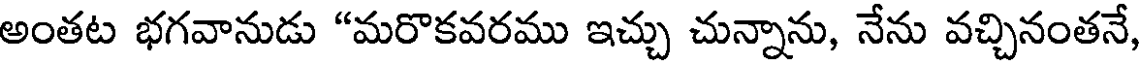
అంతట భగవానుడు "మరొకవరము ఇచ్చు చున్నాను, నేను వచ్చినంతనే,